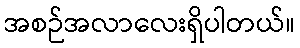
အစဉ်အလာလေးရှိပါတယ်။